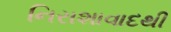
નિરાશાવાદથી